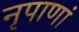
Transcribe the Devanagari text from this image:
नृपाणां